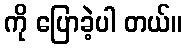
ကို ပြောခဲ့ပါ တယ်။